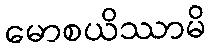
မောစယိဿာမိ